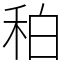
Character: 䄸